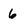
Character: 6